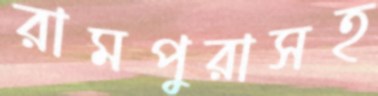
রামপুরাসহ